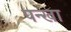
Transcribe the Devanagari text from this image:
पन्खा